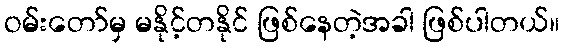
ဝမ်းတော်မှ မနိုင့်တနိုင် ဖြစ်နေတဲ့အခါ ဖြစ်ပါတယ်။